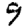
Digit: 9